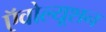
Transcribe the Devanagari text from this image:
ऍवोल्यूशन